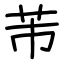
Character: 芾